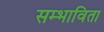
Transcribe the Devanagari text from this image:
सम्भाविता